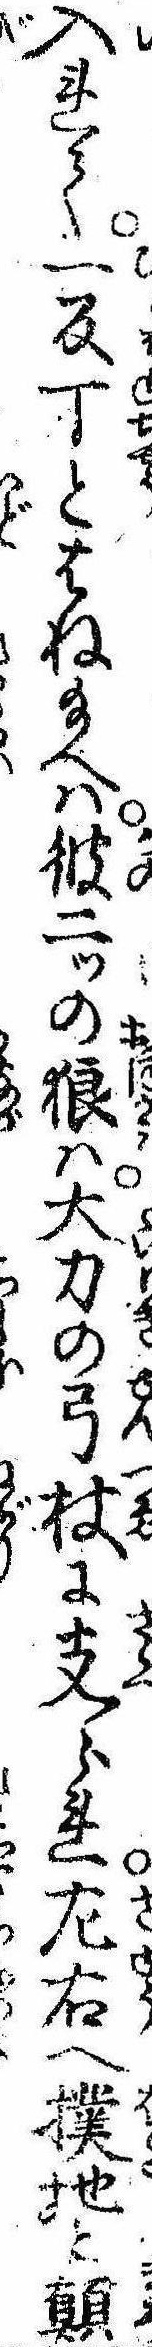
入れて一反丁とはね給へは彼二ッの狼は大力の弓杖に支られ㔫右へ撲地と顛